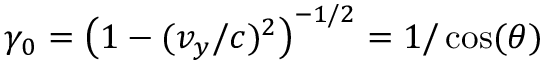
\gamma _ { 0 } = \left( 1 - ( v _ { y } / c ) ^ { 2 } \right) ^ { - 1 / 2 } = 1 / \cos ( \theta )